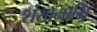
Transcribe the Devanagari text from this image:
शंखनाभि